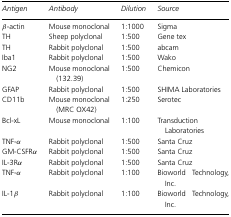
<table><thead><tr><td><b><i>Antigen</i></b></td><td><b><i>Antibody</i></b></td><td><b><i>Dilution</i></b></td><td><b><i>Source</i></b></td></tr></thead><tbody><tr><td>β-actin</td><td>Mouse monoclonal</td><td>1:1000</td><td>Sigma</td></tr><tr><td>TH</td><td>Sheep polyclonal</td><td>1:500</td><td>Gene tex</td></tr><tr><td>TH</td><td>Rabbit polyclonal</td><td>1:500</td><td>abcam</td></tr><tr><td>Iba1</td><td>Rabbit polyclonal</td><td>1:500</td><td>Wako</td></tr><tr><td>NG2</td><td>Mouse monoclonal (132.39)</td><td>1:500</td><td>Chemicon</td></tr><tr><td>GFAP</td><td>Rabbit polyclonal</td><td>1:500</td><td>SHIMA Laboratories</td></tr><tr><td>CD11b</td><td>Mouse monoclonal (MRC OX42)</td><td>1:250</td><td>Serotec</td></tr><tr><td>Bcl-xL</td><td>Mouse monoclonal</td><td>1:100</td><td>Transduction Laboratories</td></tr><tr><td>TNF-α</td><td>Rabbit polyclonal</td><td>1:500</td><td>Santa Cruz</td></tr><tr><td>GM-CSFRα</td><td>Rabbit polyclonal</td><td>1:500</td><td>Santa Cruz</td></tr><tr><td>IL-3Rα</td><td>Rabbit polyclonal</td><td>1:500</td><td>Santa Cruz</td></tr><tr><td>TNF-α</td><td>Rabbit polyclonal</td><td>1:100</td><td>Bioworld Technology, Inc.</td></tr><tr><td>IL-1β</td><td>Rabbit polyclonal</td><td>1:100</td><td>Bioworld Technology, Inc.</td></tr></tbody></table>